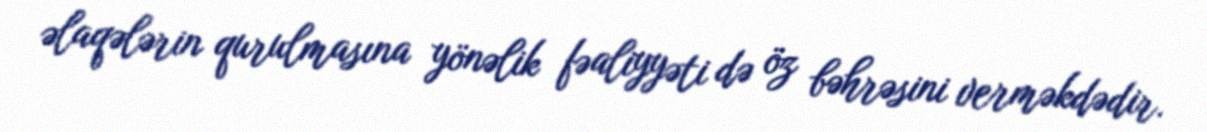
əlaqələrin qurulmasına yönəlik fəaliyyəti də öz bəhrəsini verməkdədir.